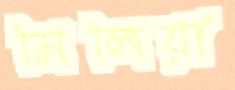
মিলিয়া